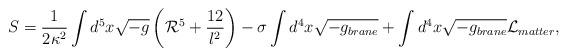
LaTeX: \begin{align*}S= \frac{1}{2 \kappa^2}\int d^5 x \sqrt{-g}\left({\cal R}^5 + \frac{12}{l^2} \right)- \sigma \int d^4 x \sqrt{-g_{brane}}+ \int d^4 x \sqrt{-g_{brane}} {\cal L}_{matter},\end{align*}